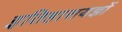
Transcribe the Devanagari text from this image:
इतिहासयज्ञों